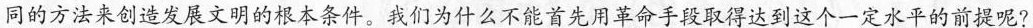
同的方法来创造发展文明的根本条件。我们为什么不能首先用革命手段取得达到这个一定水平的前提呢?